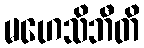
မဟေသိဘီတိ